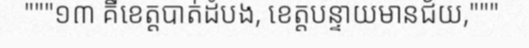
"""១៣ គឺខេត្តបាត់ដំបង, ខេត្តបន្ទាយមានជ័យ,"""